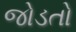
જોડતો